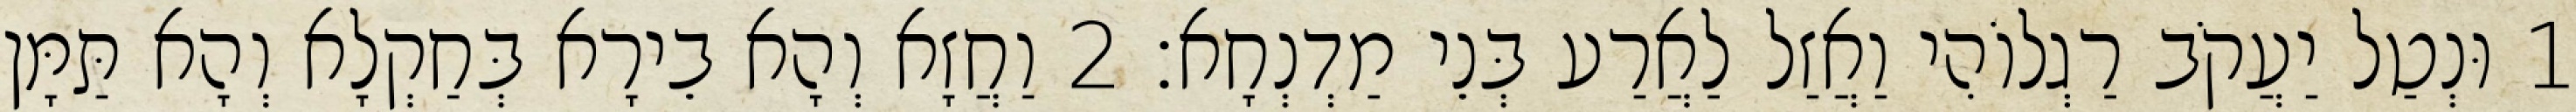
1 וּנְטַל יַעֲקֹב רַגְלוֹהִי וַאֲזַל לַאֲרַע בְּנֵי מַדְנְחָא׃ 2 וַחֲזָא וְהָא בֵירָא בְּחַקְלָא וְהָא תַּמָּן